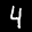
Label: 4